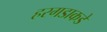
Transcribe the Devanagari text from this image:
हरगडाकडे